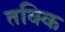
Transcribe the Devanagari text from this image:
तक्कि